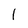
Character: l